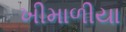
ખીમાળીયા